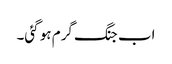
اب جنگ گرم ہو گئی۔